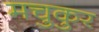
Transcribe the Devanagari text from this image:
मचुकुर